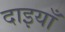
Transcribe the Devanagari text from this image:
दाइयाँ